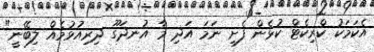
އެކަމަކު ކްރިކެޓް ކުޅެން ފެށި ނަމަ އަދި މާ އުނދަގޫ ދިރިއުޅުމެއް ލިބޭނީ"